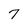
Character: 7